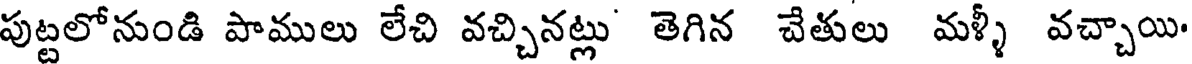
పుట్టలోనుండి పాములు లేచి వచ్చినట్లు తెగిన చేతులు మళ్ళీ వచ్చాయి